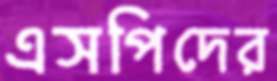
এসপিদের